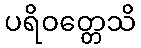
ပရိဝတ္တေသိ